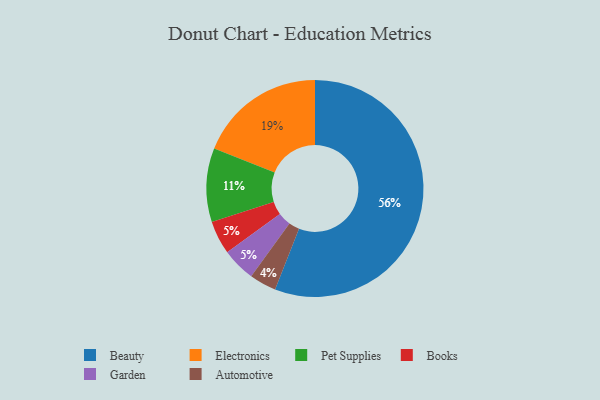
{"axis": {"x": "Category", "y": "Percentage"}, "legend": ["Automotive", "Beauty", "Books", "Electronics", "Garden", "Pet Supplies"], "data": [{"x": "Pet Supplies", "y": 11, "type": "Pet Supplies"}, {"x": "Beauty", "y": 56, "type": "Beauty"}, {"x": "Books", "y": 5, "type": "Books"}, {"x": "Garden", "y": 5, "type": "Garden"}, {"x": "Automotive", "y": 4, "type": "Automotive"}, {"x": "Electronics", "y": 19, "type": "Electronics"}]}